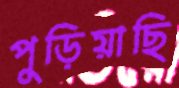
পুড়িয়াছি